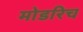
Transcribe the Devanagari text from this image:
मोडरिच